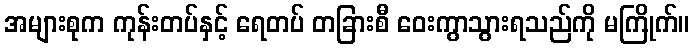
အများစုက ကုန်းတပ်နှင့် ရေတပ် တခြားစီ ဝေးကွာသွားရသည်ကို မကြိုက်။